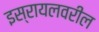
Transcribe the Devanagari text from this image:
इस्रायलवरील